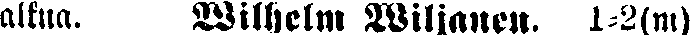
alkua. Wilhelm Wiljanen. 1-2(m)